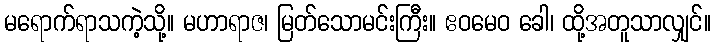
မရောက်ရာသကဲ့သို့။ မဟာရာဇ၊ မြတ်သောမင်းကြီး။ ဧဝမေဝ ခေါ၊ ထို့အတူသာလျှင်။